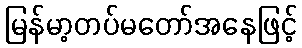
မြန်မာ့တပ်မတော်အနေဖြင့်